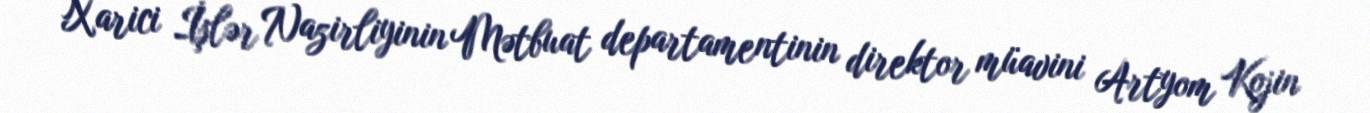
Xarici İşlər Nazirliyinin Mətbuat departamentinin direktor müavini Artyom Kojin